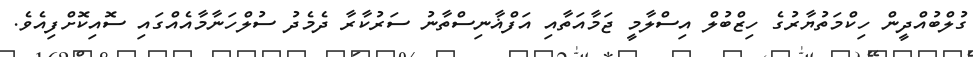
ގުލްބުއްދީން ހިކްމަތުޔާރުގެ ހިޒްބުލް އިސްލާމީ ޖަމާއަތާއި އަފްޣާނިސްތާނު ސަރުކާރާ ދެމެދު ސުލްހަނާމާއެއްގައި ސޮއިކޮށްފިއެވެ.